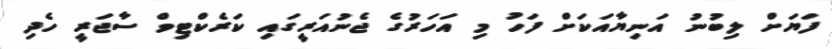
ފަޔަށް ލިބުނު އަނިޔާއަކަށް ފަހު މި އަހަރުގެ ޖެނުއަރީގައި ކަރެކްޓިވް ސާޖަރީ ހެދި